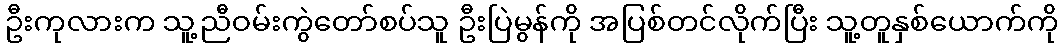
ဦးကုလားက သူ့ညီဝမ်းကွဲတော်စပ်သူ ဦးပြဲမွန်ကို အပြစ်တင်လိုက်ပြီး သူ့တူနှစ်ယောက်ကို